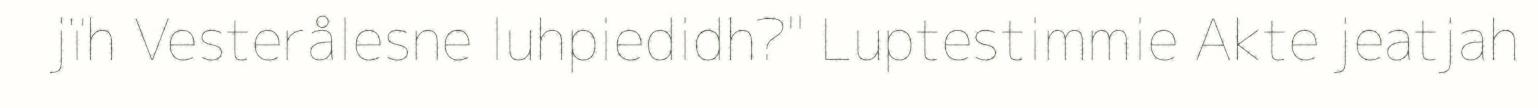
jïh Vesterålesne luhpiedidh?" Luptestimmie Akte jeatjah